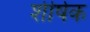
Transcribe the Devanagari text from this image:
शीर्षक